Lunatic asylums Madras 1892-1911 - 1892-1911
Year: 1892
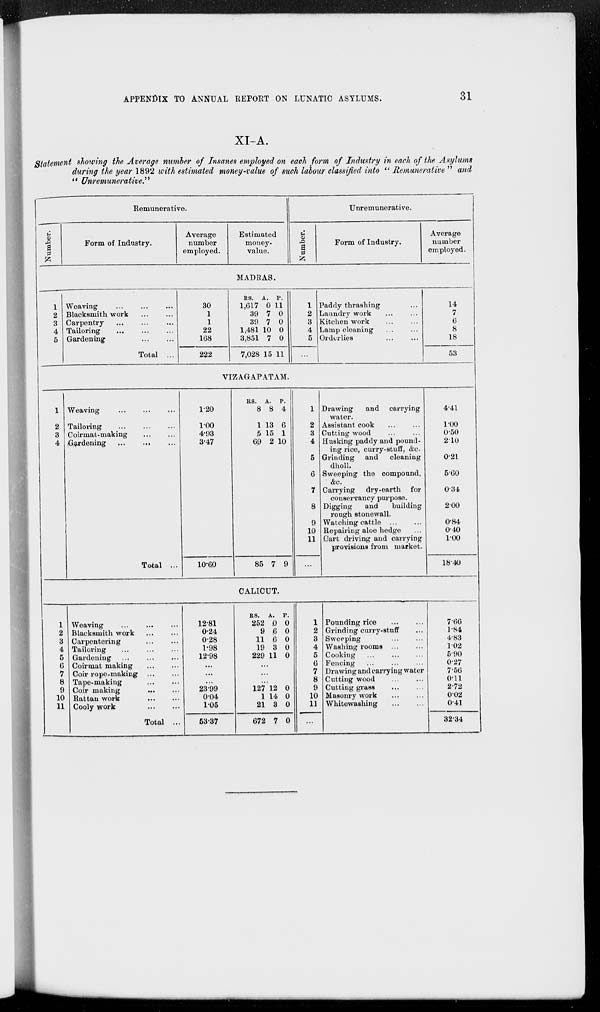
APPENDIX TO ANNUAL REPORT ON LUNATIC ASYLUMS.
31
XI-A.
Statement showing the Average number of Insanes employed on each form of Industry in each of the Asylums
during the year 1892 with estimated money-value of such labour classified into " Remunerative " and
" Unremunerative."
Remunerative.
Number.
Form of Industry.
Average
number
employed.
Estimated
money-
value.
Unremunerative.
Number.
Form of Industry.
Average
number
employed.
MADRAS.
1
2
3
4
5
Weaving ... ... ...
Blacksmith work ... ...
Carpentry ... ... ...
Tailoring ... ... ...
Gardening
...
...
Total ...
30
1
1
22
168
222
Rs.
1,617
39
39
1,481
3,851
7,028
A.
0
7
7
10
7
15
P.
11
0
0
0
0
11
1
2
3
4
5
...
Paddy thrashing ...
Laundry work ... ...
Kitchen work ... ...
Lamp cleaning
Orderlies ... ...
14
7
6
8
18
53
VIZAGAPATAM.
1
2
3
4
Weaving ... ... ...
Tailoring
...
...
...
Coirmat-making ... ...
Gardening ... ... ...
Total ...
1.20
1.00
4.93
3.47
10.60
Rs.
8
1
5
69
85
A.
8
13
15
2
7
P.
4
6
1
10
9
1
2
3
4
5
6
7
8
9
10
11
...
Drawing
and
carrying
water. ... ...
Assistant cook ... ...
Cutting wood ... ...
Husking paddy and pound-
ing rice, curry-stuff, &c.
Grinding
and
cleaning
dholl.
Sweeping the compound,
&c.
Carrying
dry-earth
for
conservancy purpose.
Digging
and
building
rough stonewall.
Watching cattle
...
...
Repairing aloe hedge ...
Cart driving and carrying
provisions from market.
4.41
1.00
0.50
2.10
0.21
5.60
0.34
2.00
0.84
0.40
1.00
18.40
CALICUT.
1
2
3
4
5
6
7
8
9
10
11
Weaving ... ... ...
Blacksmith work ... ...
Carpentering ... ...
Tailoring ... ... ...
Gardening
...
...
...
Coirmat making ... ...
Coir rope-making ... ...
Tape-making ... ...
Coir making
...
...
Rattan work
...
...
Cooly work ... ...
Total ...
12.81
0.24
0.28
1.98
12.98
...
...
...
23.99
0.04
1.05
53.37
Rs.
252
9
11
19
229
A.
0
6
6
3
11
P.
0
0
0
0
0
...
...
...
127
1
21
672
12
14
3
7
0
0
0
0
1
2
3
4
5
6
7
8
9
10
11
...
Pounding rice ... ...
Grinding curry-stuff ...
Sweeping ... ...
Washing rooms ... ...
Cooking ... ... ...
Fencing ... ... ...
Drawing and carrying water
Cutting wood ... ...
Cutting grass ... ...
Masonry work ... ...
Whitewashing
...
...
7.66
1.84
4.83
1.02
5.90
0.27
7.56
0.11
2.72
0.02
0.41
32.34